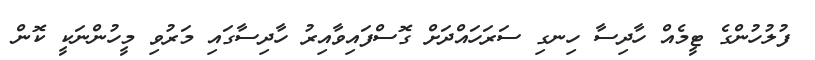
ފުލުހުންގެ ޓީމެއް ހާދިސާ ހިނގި ސަރަހައްދަށް ގޮސްފައިވާއިރު ހާދިސާގައި މަރުވި މީހުންނަކީ ކޮން